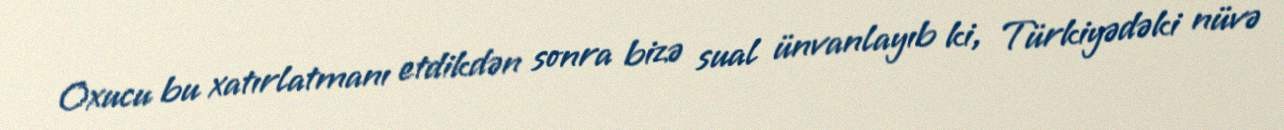
Oxucu bu xatırlatmanı etdikdən sonra bizə sual ünvanlayıb ki, Türkiyədəki nüvə